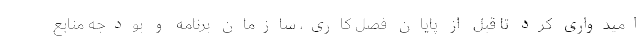
امیدواری کرد تا قبل از پایان فصل کاری، سازمان برنامه و بودجه منابع